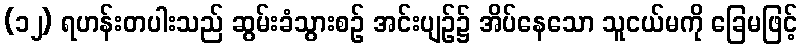
(၁၂) ရဟန်းတပါးသည် ဆွမ်းခံသွားစဉ် အင်းပျဉ်၌ အိပ်နေသော သူငယ်မကို ခြေမဖြင့်